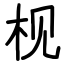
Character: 枧